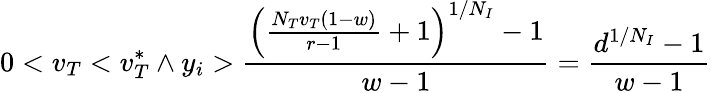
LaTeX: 0<v_{T}<v_{T}^{*}\land y_{i}>\frac{\left(\frac{N_{T}v_{T}(1-w)}{r-1}+1\right)^{1/N_{I}}-1}{w-1}=\frac{d^{1/N_{I}}-1}{w-1}